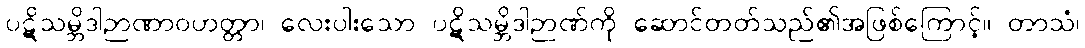
ပဋိသမ္ဘိဒါဉာဏာဝဟတ္တာ၊ လေးပါးသော ပဋိသမ္ဘိဒါဉာဏ်ကို ဆောင်တတ်သည်၏အဖြစ်ကြောင့်။ တာသံ၊